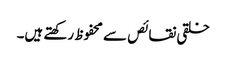
خلقی نقائص سے محفوظ رکھتے ہیں۔